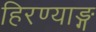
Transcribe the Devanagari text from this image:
हिरण्याङ्ग